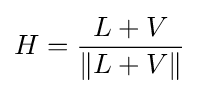
H={\frac {L+V}{\left\|L+V\right\|}}